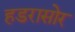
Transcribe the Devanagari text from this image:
हडरासोर